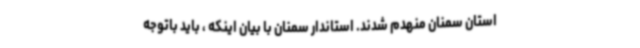
استان سمنان منهدم شدند. استاندار سمنان با بیان اینکه ، باید باتوجه